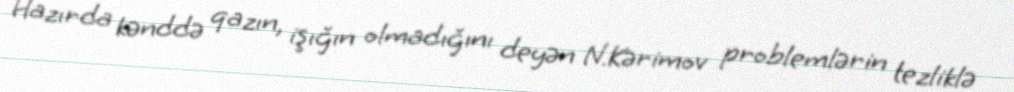
Hazırda kənddə qazın, işığın olmadığını deyən N.Kərimov problemlərin tezliklə